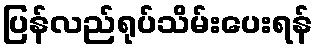
ပြန်လည်ရုပ်သိမ်းပေးရန်